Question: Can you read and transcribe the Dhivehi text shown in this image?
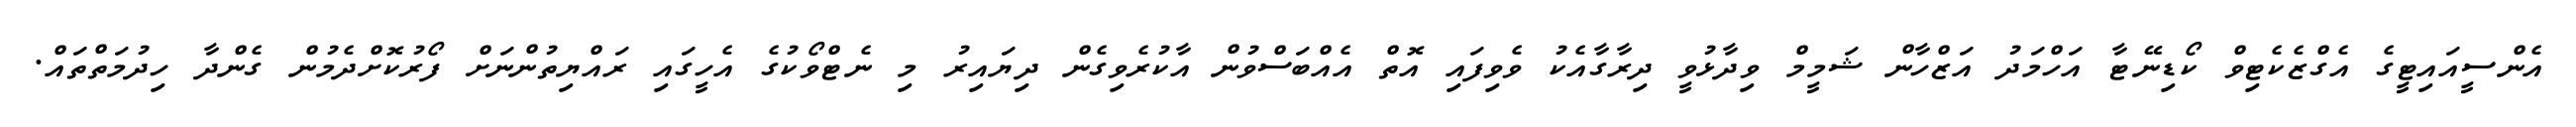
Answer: އެންސީއައިޓީގެ އެގްޒެކެޓިވް ކޯޑިނޭޓާ އަހްމަދު އަޒްހާން ޝަމީމް ވިދާޅުވީ ދިރާގާއެކު ވެވިފައި އޮތް އެއްބަސްވުން އާކުރެވިގެން ދިޔައިރު މި ނެޓްވޯކުގެ އެހީގައި ރައްޔިތުންނަށް ފޯރުކޮށްދެމުން ގެންދާ ހިދުމަތްތައް.